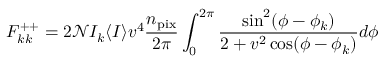
F _ { k k } ^ { + + } = 2 \mathcal { N } I _ { k } \langle I \rangle v ^ { 4 } \frac { n _ { \mathrm { p i x } } } { 2 \pi } \int _ { 0 } ^ { 2 \pi } \frac { \sin ^ { 2 } ( \phi - \phi _ { k } ) } { 2 + v ^ { 2 } \cos ( \phi - \phi _ { k } ) } d \phi